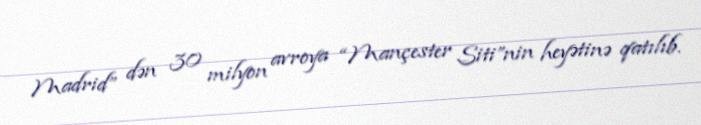
Madrid” dən 30 milyon avroya “Mançester Siti”nin heyətinə qatılıb.